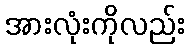
အားလုံးကိုလည်း